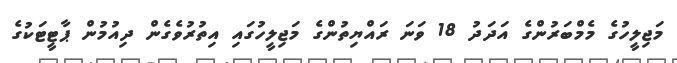
މަޖިލީހުގެ މެމްބަރުންގެ އަދަދު 18 ވަނަ ރައްޔިތުންގެ މަޖިލީހުގައި އިތުރުވެގެން ދިއުމުން ޕާޓީޓަކުގެ